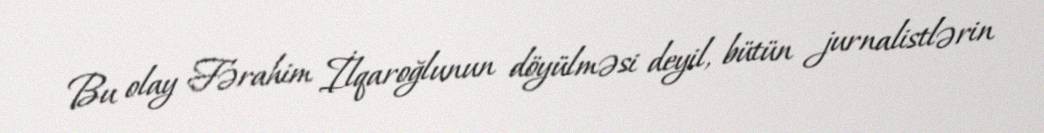
Bu olay Fərahim İlqaroğlunun döyülməsi deyil, bütün jurnalistlərin